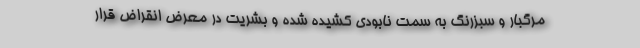
مرگبار و سبزرنگ به سمت نابودی کشیده شده و بشریت در معرض انقراض قرار